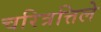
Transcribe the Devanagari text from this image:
चरित्रत्तिले